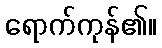
ရောက်ကုန်၏။